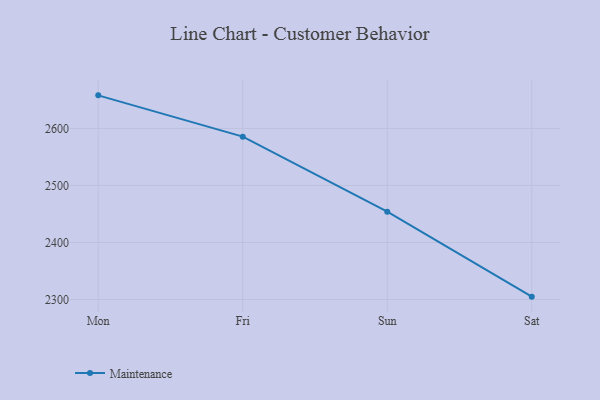
{"axis": {"x": "Day", "y": "Website Visitors"}, "legend": ["Maintenance"], "data": [{"x": "Mon", "y": 2657.9, "type": "Maintenance"}, {"x": "Fri", "y": 2585.5, "type": "Maintenance"}, {"x": "Sun", "y": 2453.9, "type": "Maintenance"}, {"x": "Sat", "y": 2305.0, "type": "Maintenance"}]}